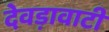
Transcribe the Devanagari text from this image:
देवड़ावाटी